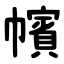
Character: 㡦